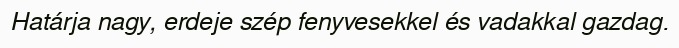
Határja nagy, erdeje szép fenyvesekkel és vadakkal gazdag.